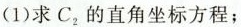
(1)求 $$C_{2}$$ 的直角坐标方程；